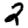
Digit: 2